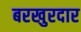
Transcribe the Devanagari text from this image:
बरखुरदार